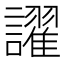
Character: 𬣑